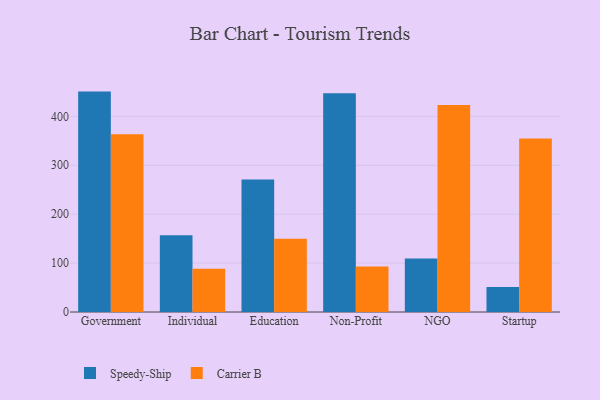
{"axis": {"x": "Segment", "y": "Market Share (%)"}, "legend": ["Carrier B", "Speedy-Ship"], "data": [{"x": "Government", "y": 450.7, "type": "Speedy-Ship"}, {"x": "Government", "y": 363.6, "type": "Carrier B"}, {"x": "Individual", "y": 157.0, "type": "Speedy-Ship"}, {"x": "Individual", "y": 88.6, "type": "Carrier B"}, {"x": "Education", "y": 271.0, "type": "Speedy-Ship"}, {"x": "Education", "y": 149.9, "type": "Carrier B"}, {"x": "Non-Profit", "y": 447.3, "type": "Speedy-Ship"}, {"x": "Non-Profit", "y": 92.9, "type": "Carrier B"}, {"x": "NGO", "y": 109.2, "type": "Speedy-Ship"}, {"x": "NGO", "y": 423.1, "type": "Carrier B"}, {"x": "Startup", "y": 51.1, "type": "Speedy-Ship"}, {"x": "Startup", "y": 354.9, "type": "Carrier B"}]}